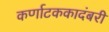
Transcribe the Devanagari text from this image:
कर्णाटककादंबरी